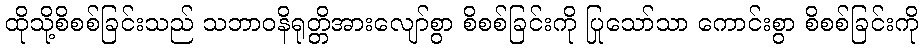
ထိုသို့စိစစ်ခြင်းသည် သဘာဝနိရုတ္တိအားလျော်စွာ စိစစ်ခြင်းကို ပြုသော်သာ ကောင်းစွာ စိစစ်ခြင်းကို